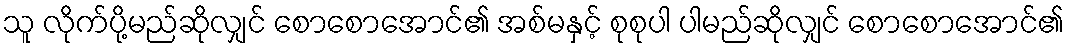
သူ လိုက်ပို့မည်ဆိုလျှင် စောစောအောင်၏ အစ်မနှင့် စုစုပါ ပါမည်ဆိုလျှင် စောစောအောင်၏